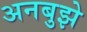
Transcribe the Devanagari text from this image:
अनबुझे